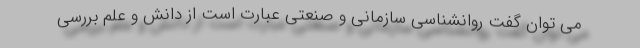
می توان گفت روانشناسی سازمانی و صنعتی عبارت است از دانش و علم بررسی